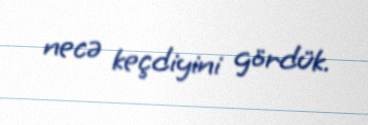
necə keçdiyini gördük.